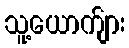
သူ့ယောက်ျား